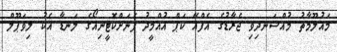
މައުލޫމާތު މުއްސަނދިވި ޖެރާޑުގެ އެފްއޭ ކަޕް އުއްމީދު ފެނަށްކޮޓީނިއޯގެ ލަނޑާ އެކު ލިވަޕޫލް